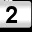
Digit: 2